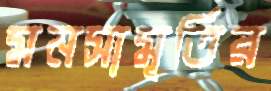
মনসামূর্তির